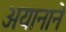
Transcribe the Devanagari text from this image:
अयानाने